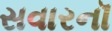
સવારનૉ